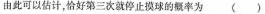
由此可以估计，恰好第三次就停止摸球的概率为（）